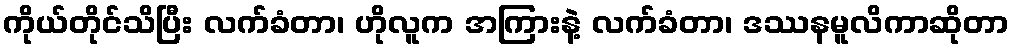
ကိုယ်တိုင်သိပြီး လက်ခံတာ၊ ဟိုလူက အကြားနဲ့ လက်ခံတာ၊ ဒဿနမူလိကာဆိုတာ